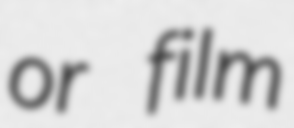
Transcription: or film